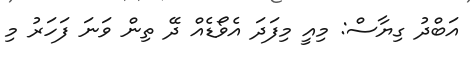
އަބްދު ގިޔާސް: މިއީ މިފަދަ އެވޯޑެއް ދޭ ތިން ވަނަ ފަހަރު މި